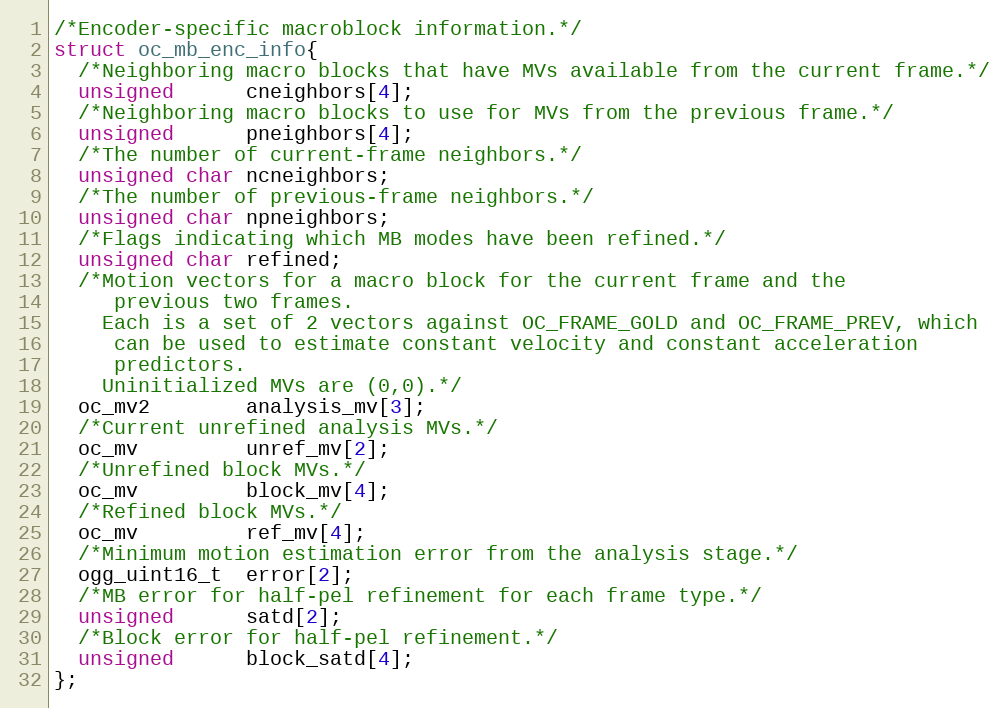
Language: C
/*Encoder-specific macroblock information.*/
struct oc_mb_enc_info{
  /*Neighboring macro blocks that have MVs available from the current frame.*/
  unsigned      cneighbors[4];
  /*Neighboring macro blocks to use for MVs from the previous frame.*/
  unsigned      pneighbors[4];
  /*The number of current-frame neighbors.*/
  unsigned char ncneighbors;
  /*The number of previous-frame neighbors.*/
  unsigned char npneighbors;
  /*Flags indicating which MB modes have been refined.*/
  unsigned char refined;
  /*Motion vectors for a macro block for the current frame and the
     previous two frames.
    Each is a set of 2 vectors against OC_FRAME_GOLD and OC_FRAME_PREV, which
     can be used to estimate constant velocity and constant acceleration
     predictors.
    Uninitialized MVs are (0,0).*/
  oc_mv2        analysis_mv[3];
  /*Current unrefined analysis MVs.*/
  oc_mv         unref_mv[2];
  /*Unrefined block MVs.*/
  oc_mv         block_mv[4];
  /*Refined block MVs.*/
  oc_mv         ref_mv[4];
  /*Minimum motion estimation error from the analysis stage.*/
  ogg_uint16_t  error[2];
  /*MB error for half-pel refinement for each frame type.*/
  unsigned      satd[2];
  /*Block error for half-pel refinement.*/
  unsigned      block_satd[4];
};